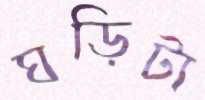
ঘড়িটা